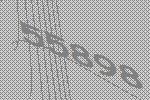
55898